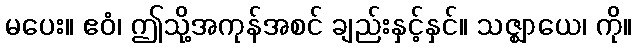
မပေး။ ဧဝံ၊ ဤသို့အကုန်အစင် ချည်းနှင့်နှင်။ သဇ္ဈာယေ၊ ကို။